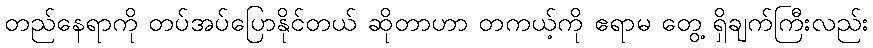
တည်နေရာကို တပ်အပ်ပြောနိုင်တယ် ဆိုတာဟာ တကယ့်ကို ဧရာမ တွေ့ ရှိချက်ကြီးလည်း